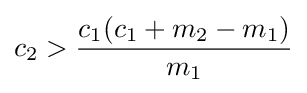
c_{2}>{\frac {c_{1}(c_{1}+m_{2}-m_{1})}{m_{1}}}